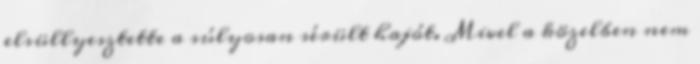
elsüllyesztette a súlyosan sérült hajót. Mivel a közelben nem